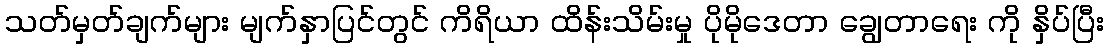
သတ်မှတ်ချက်များ မျက်နှာပြင်တွင် ကိရိယာ ထိန်းသိမ်းမှု ပိုမိုဒေတာ ချွေတာရေး ကို နှိပ်ပြီး